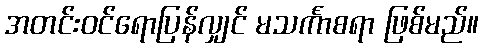
အတင်းဝင်ရောပြန်လျှင် မသင်္ကာစရာ ဖြစ်မည်။